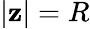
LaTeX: |\mathbf{z}|=R